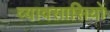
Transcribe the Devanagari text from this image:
व्यावसासियों